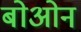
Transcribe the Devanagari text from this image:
बोओन